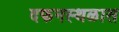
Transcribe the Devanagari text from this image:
दफनस्थळास